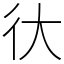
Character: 㣕